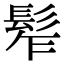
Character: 𩬟